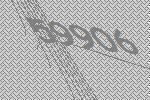
59906